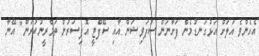
އެހެންވެ އަލަށް އަޅުގަނޑުމެން ފަށާނަން ސުޕަވިޝަން އާއި ސޭފްޓީ އޮފިސަރުން ތަމްރީނުކުރަން" އޭނާ